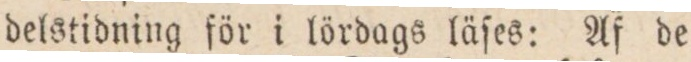
delstidning för i lördags läſes: Af de